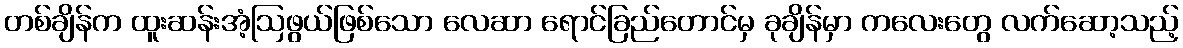
တစ်ချိန်က ထူးဆန်းအံ့ဩဖွယ်ဖြစ်သော လေဆာ ရောင်ခြည်တောင်မှ ခုချိန်မှာ ကလေးတွေ လက်ဆော့သည့်